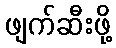
ဖျက်ဆီးဖို့